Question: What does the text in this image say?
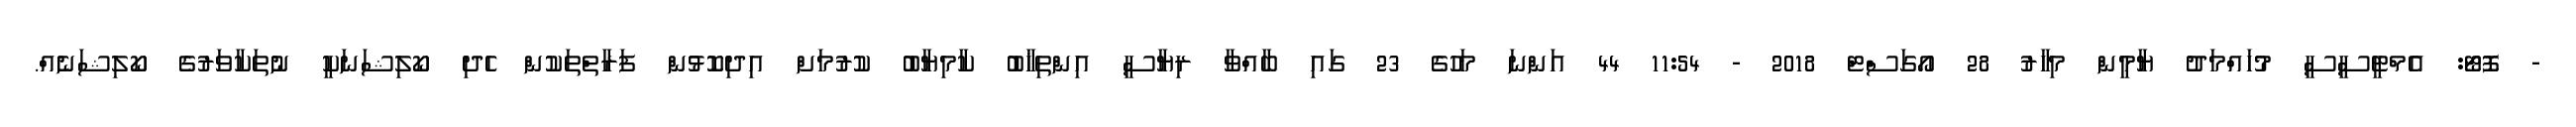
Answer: - ފޮޓޯ: އެމްޓީސީސީ މުހައްމަދު ޔާމީން މިހާރު 28 އޯގަސްޓް 2018 - 11:54 44 އަންނަ މަހުގެ 23 ގައި ބާއްވާ ރިޔާސީ އިންތިޚާބު ކާމިޔާބު ކުރުމަށް އިދިކޮޅުން ފަރާތްތަކުން ހެދި ކޯލިޝަނަކީ ނުތަކާވަރުގެ ކޯލިޝަނެއް.